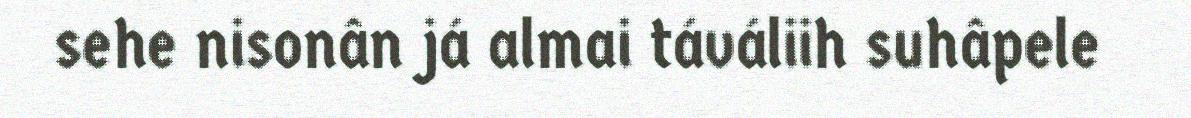
sehe nisonân já almai táváliih suhâpele